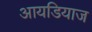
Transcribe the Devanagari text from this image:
आयडियाज